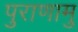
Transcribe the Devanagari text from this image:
पुराणामु